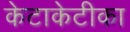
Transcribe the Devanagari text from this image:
केटाकेटीका